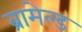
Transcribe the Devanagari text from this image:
ब्रामेल्ड